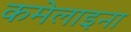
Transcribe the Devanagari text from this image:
कमेलाइना